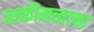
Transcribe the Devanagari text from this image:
व्यक्तीमत्त्वाचा